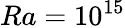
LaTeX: Ra=10^{15}